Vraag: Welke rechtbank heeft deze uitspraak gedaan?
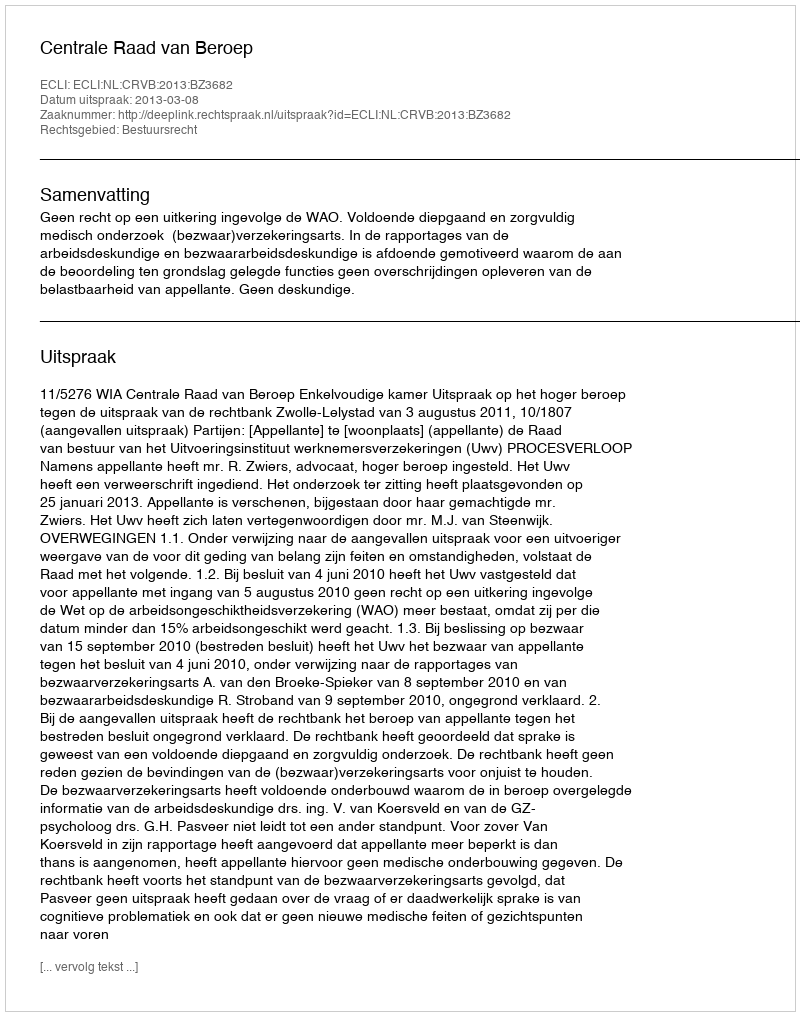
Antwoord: Centrale Raad van Beroep